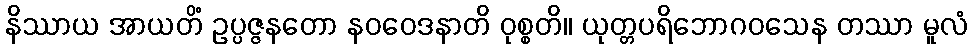
နိဿာယ အာယတိံ ဥပ္ပဇ္ဇနတော နဝဝေဒနာတိ ဝုစ္စတိ။ ယုတ္တပရိဘောဂဝသေန တဿာ မူလံ